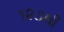
૧૨૩થી